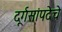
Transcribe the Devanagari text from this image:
दूर्गसांपदेचे